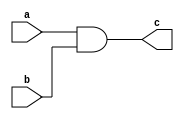
module AND_gate (a, b, c);
  input a, b;
  output c;
  assign c = a & b;
endmodule